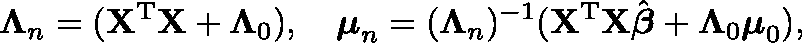
{ \boldsymbol { \Lambda } } _ { n } = ( \mathbf { X } ^ { \mathrm { { T } } } \mathbf { X } + \mathbf { \Lambda } _ { 0 } ) , \quad { \boldsymbol { \mu } } _ { n } = ( { \boldsymbol { \Lambda } } _ { n } ) ^ { - 1 } ( \mathbf { X } ^ { \mathrm { { T } } } \mathbf { X } { \hat { \boldsymbol { \beta } } } + { \boldsymbol { \Lambda } } _ { 0 } { \boldsymbol { \mu } } _ { 0 } ) ,